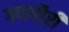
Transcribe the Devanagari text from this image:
गणगौरी